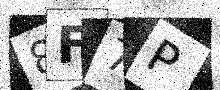
Text: 8F7P